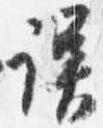
誤